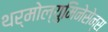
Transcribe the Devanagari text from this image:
थर्मोल्युमिनेसेन्स